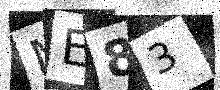
Text: ME83